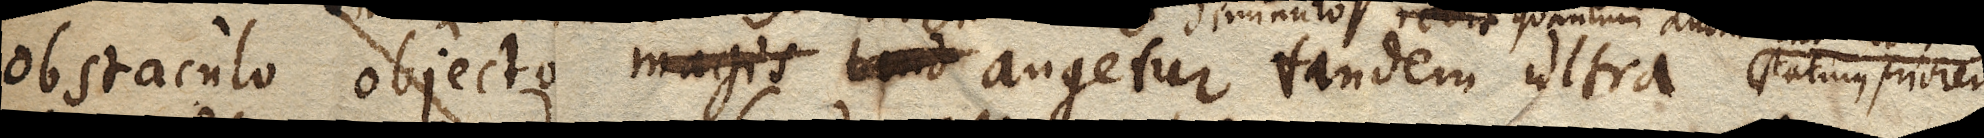
obstaculo objecto magis tand augetur tandem ultra statum priorem